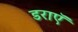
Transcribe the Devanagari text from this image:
डराएॅ